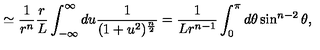
\simeq { \frac { 1 } { r ^ { n } } } { \frac { r } { L } } \int _ { - \infty } ^ { \infty } d u { \frac { 1 } { ( 1 + u ^ { 2 } ) ^ { \frac { n } { 2 } } } } = { \frac { 1 } { L r ^ { n - 1 } } } \int _ { 0 } ^ { \pi } d \theta \sin ^ { n - 2 } \theta ,